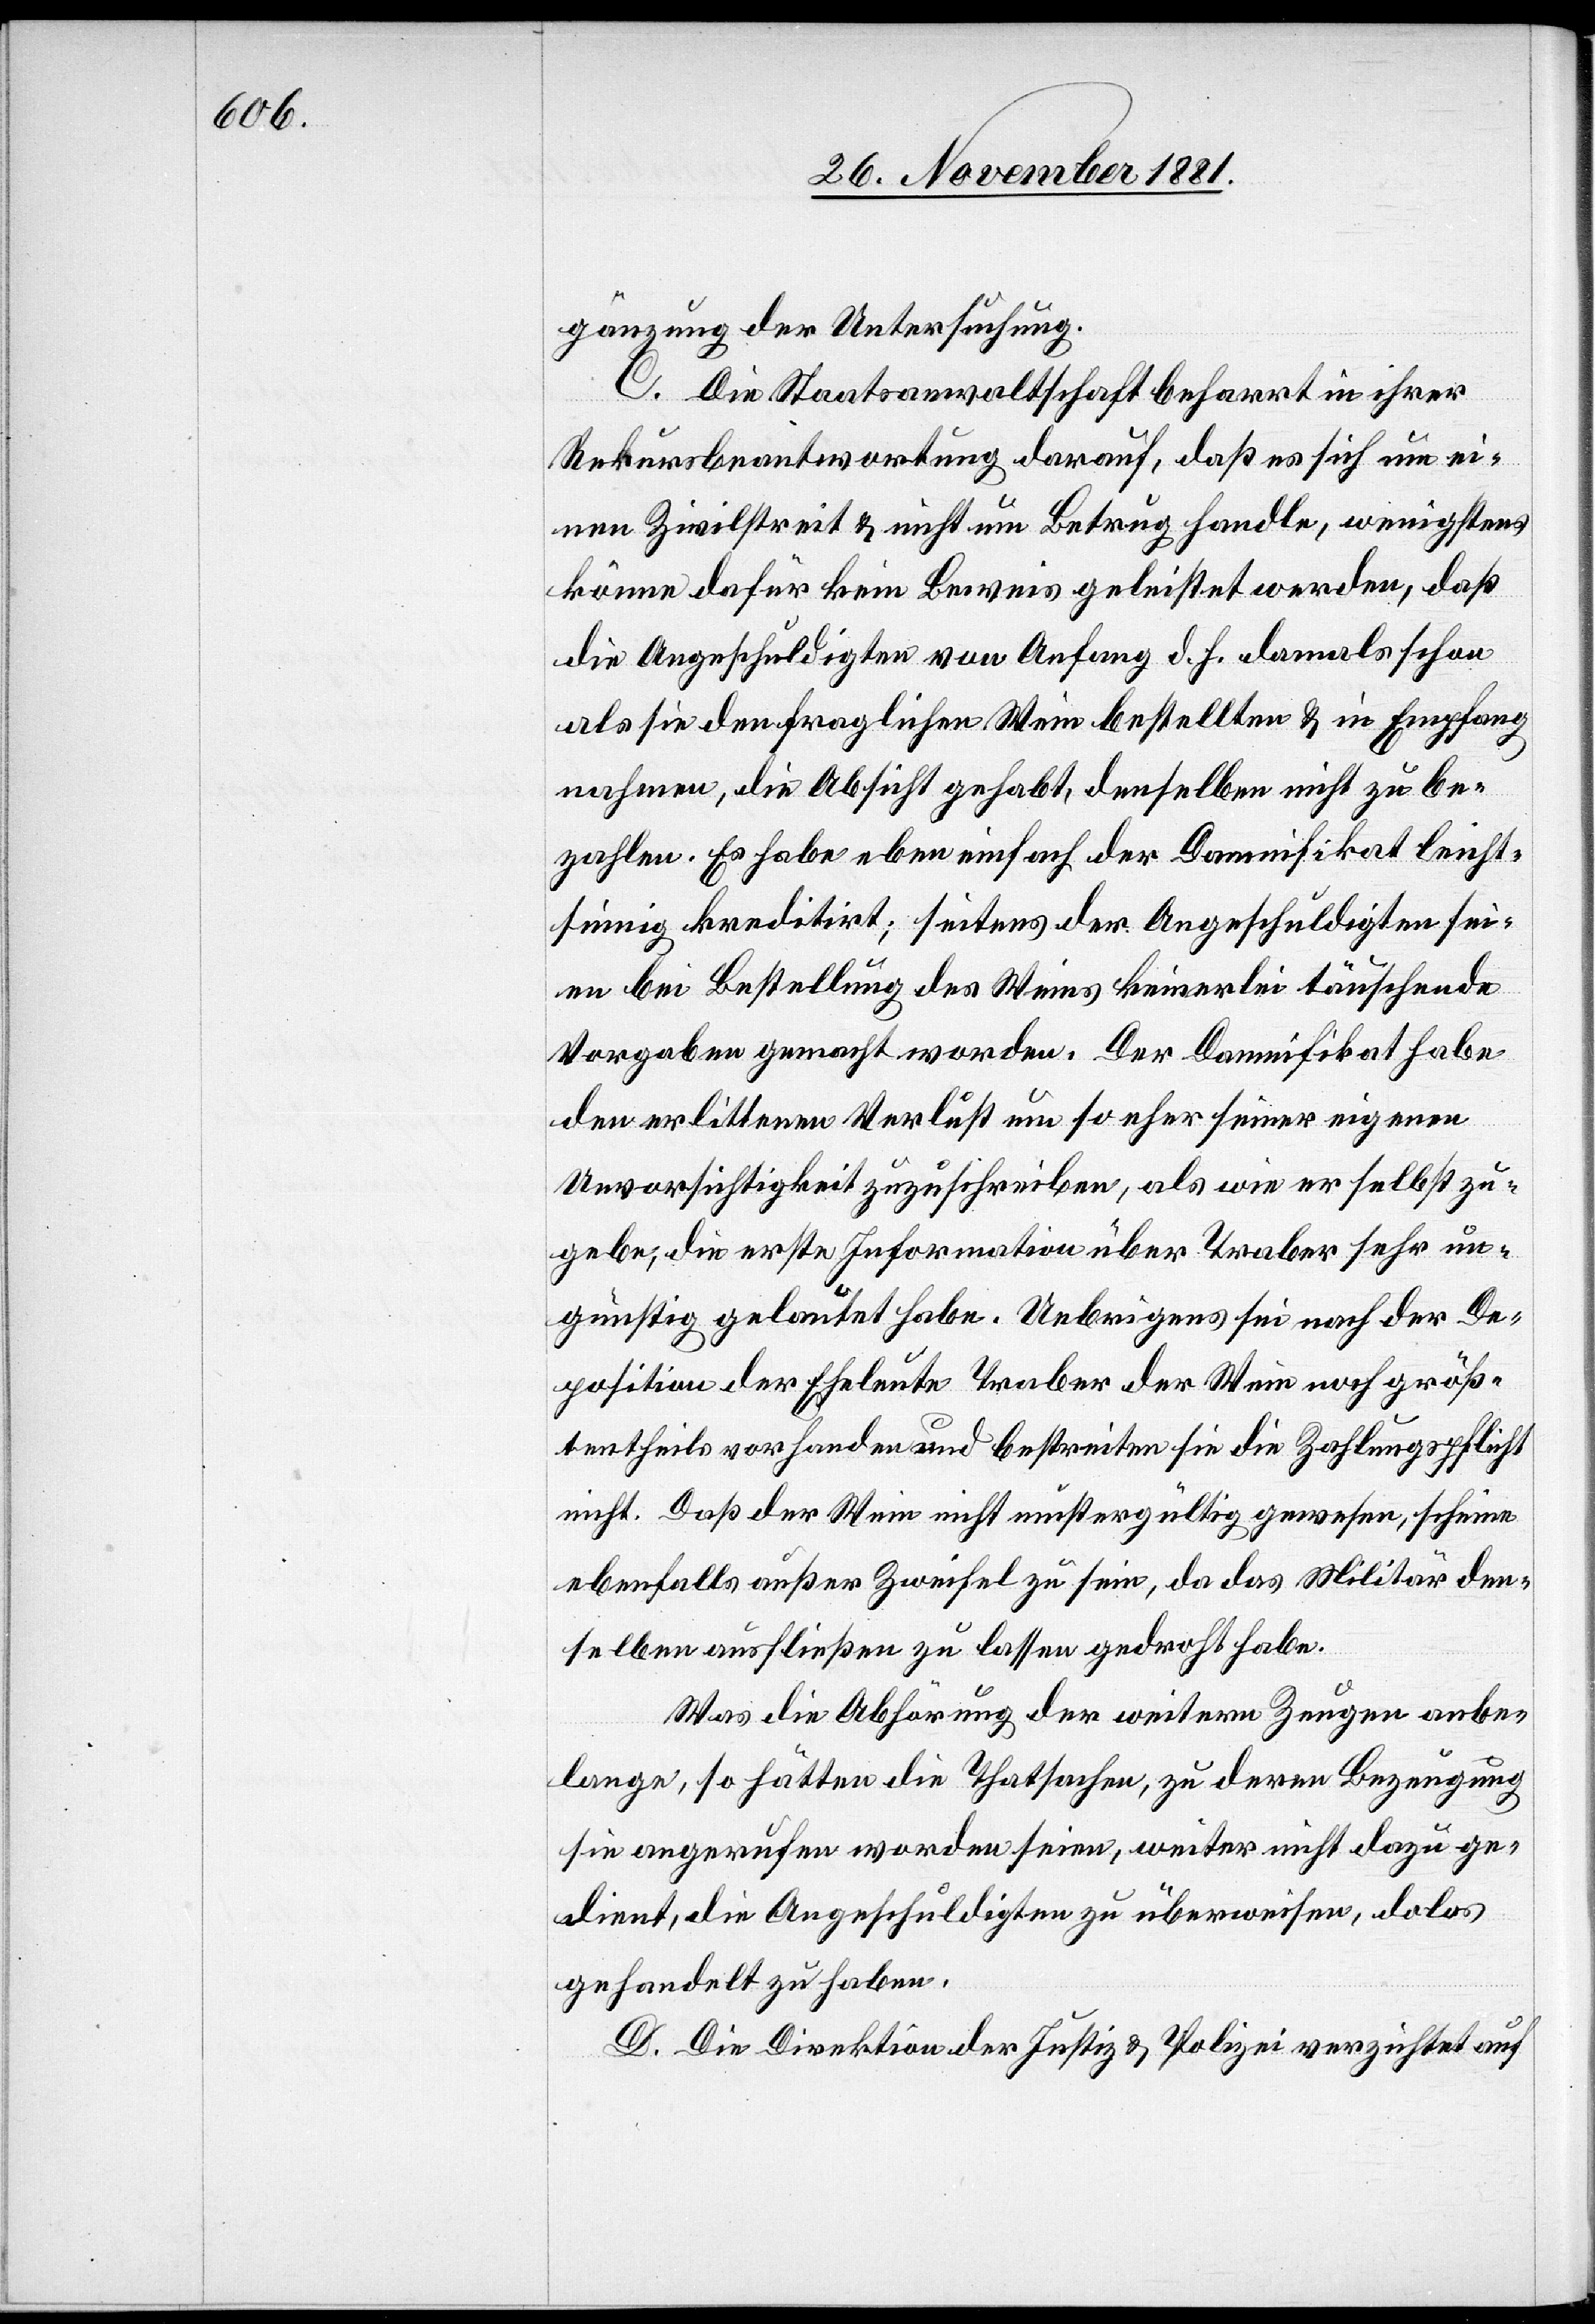
gänzung der Untersuchung.
C. Die Staatsanwaltschaft beharrt in ihrer
Rekursbeantwortung darauf, daß es sich um ei¬
nen Zivilstreit & nicht um Betrug handle, wenigstens
könne dafür kein Beweis geleistet werden, daß
die Angeschuldigten von Anfang d. h. damals schon
als sie den fraglichen Wein bestellten & in Empfang
nahmen, die Absicht gehabt, denselben nicht zu be¬
zahlen. Es habe eben einfach der Damnifikat leicht¬
sinnig kreditirt; seitens der Angeschuldigten sei¬
en bei Bestellung des Weins keinerlei täuschende
Vorgaben gemacht worden. Der Damnifikat habe
den erlittenen Verlust um so eher seiner eigenen
Unvorsichtigkeit zuzuschreiben, als wie er selbst zu¬
gebe, die erste Information über Traber sehr un¬
günstig gelautet habe. Uebrigens sei nach der De¬
position der Eheleute Traber der Wein noch größ¬
tentheils vorhanden und bestreiten sie die Zahlungspflicht
nicht. Daß der Wein nicht mustergültig gewesen, scheine
ebenfalls außer Zweifel zu sein, da das Militär den¬
selben ausfließen zu lassen gedroht habe.
Was die Abhörung der weitern Zeugen anbe¬
lange, so hätte die Thatsache, zu deren Bezeugung
sie angerufen worden seien, weiter nicht dazu ge¬
dient, die Angeschuldigten zu überweisen, dolos
gehandelt zu haben.
D. Die Direktion der Justiz & Polizei verzichtet auf